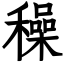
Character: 䆆